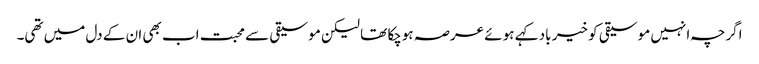
اگرچہ انہیں موسیقی کو خیر باد کہے ہوئے عرصہ ہوچکا تھا لیکن موسیقی سے محبت اب بھی ان کے دل میں تھی۔